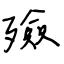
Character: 殮